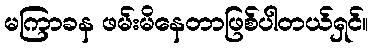
မကြာခန ဖမ်းမိနေတာဖြစ်ပါတယ်ရှင်။